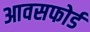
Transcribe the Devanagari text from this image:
आवसफोर्ड